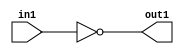
`timescale 1ps / 1ps
/*****************************************************************************
    Verilog RTL Description
    
    
    Created by: Stratus DpOpt 2019.1.01 
*******************************************************************************/

module in_buff_Not_1U_1U_4_1 (
	in1,
	out1
	); /* architecture "behavioural" */ 
input  in1;
output  out1;
wire  asc001;

assign asc001 = 
	((~in1));

assign out1 = asc001;
endmodule

/* CADENCE  urT4SAo= : u9/ySgnWtBlWxVPRXgAZ4Og= ** DO NOT EDIT THIS LINE ******/